Indian journal of veterinary science and animal husbandry - Volume 11,
Year: 1941
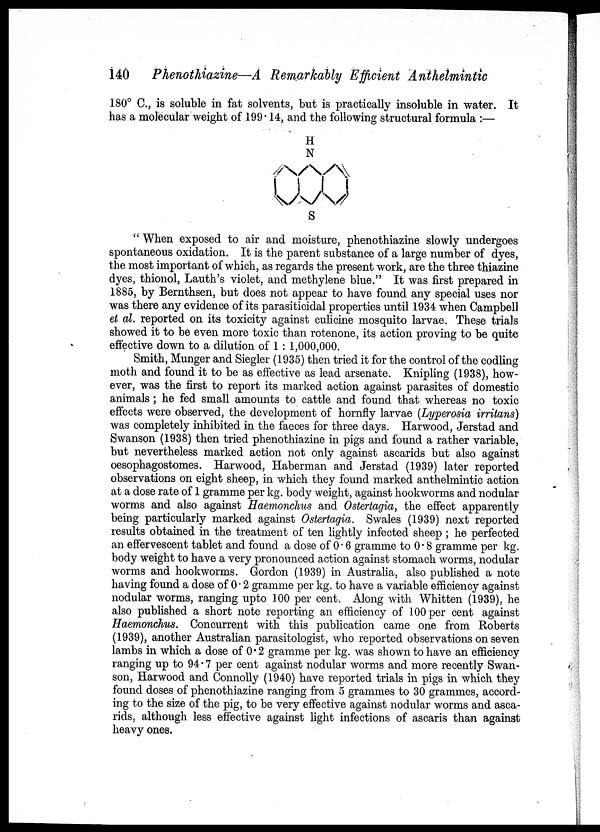
140 Phenothiazine—A Remarkably Efficient Anthelmintic
180° C., is soluble in fat solvents, but is practically insoluble in water. It
has a molecular weight of 199.14, and the following structural formula :—
H
N
S
" When exposed to air and moisture, phenothiazine slowly undergoes
spontaneous oxidation. It is the parent substance of a large number of dyes,
the most important of which, as regards the present work, are the three thiazine
dyes, thionol, Lauth's violet, and methylene blue." It was first prepared in
1885, by Bernthsen, but does not appear to have found any special uses nor
was there any evidence of its parasiticidal properties until 1934 when Campbell
et al. reported on its toxicity against culicine mosquito larvae. These trials
showed it to be even more toxic than rotenone, its action proving to be quite
effective down to a dilution of 1 : 1,000,000.
Smith, Munger and Siegler (1935) then tried it for the control of the codling
moth and found it to be as effective as lead arsenate. Knipling (1938), how-
ever, was the first to report its marked action against parasites of domestic
animals; he fed small amounts to cattle and found that whereas no toxic
effects were observed, the development of hornfly larvae (Lyperosia irritans)
was completely inhibited in the faeces for three days. Harwood, Jerstad and
Swanson (1938) then tried phenothiazine in pigs and found a rather variable,
but nevertheless marked action not only against ascarids but also against
oesophagostomes. Harwood, Haberman and Jerstad (1939) later reported
observations on eight sheep, in which they found marked anthelmintic action
at a dose rate of 1 gramme per kg. body weight, against hookworms and nodular
worms and also against Haemonchus and Ostertagia, the effect apparently
being particularly marked against Ostertagia. Swales (1939) next reported
results obtained in the treatment of ten lightly infected sheep ; he perfected
an effervescent tablet and found a dose of 0.6 gramme to 0.8 gramme per kg.
body weight to have a very pronounced action against stomach worms, nodular
worms and hookworms. Gordon (1939) in Australia, also published a note
having found a dose of 0.2 gramme per kg. to have a variable efficiency against
nodular worms, ranging upto 100 per cent. Along with Whitten (1939), he
also published a short note reporting an efficiency of 100 per cent against
Haemonchus. Concurrent with this publication came one from Roberts
(1939), another Australian parasitologist, who reported observations on seven
lambs in which a dose of 0.2 gramme per kg. was shown to have an efficiency
ranging up to 94.7 per cent against nodular worms and more recently Swan-
son, Harwood and Connolly (1940) have reported trials in pigs in which they
found doses of phenothiazine ranging from 5 grammes to 30 grammes, accord-
ing to the size of the pig, to be very effective against nodular worms and asca-
rids, although less effective against light infections of ascaris than against
heavy ones.